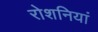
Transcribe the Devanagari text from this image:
रोशनियां